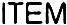
ITEM